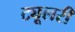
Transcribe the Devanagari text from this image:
ट्यूलरी